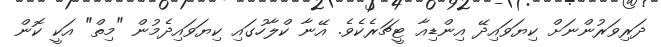
ދަރިވަރުންނަށް ކިޔަވައިދޭ އިންޑިއާ ޓީޗަރެކެވެ. އޭނާ ކްލާހުގައި ކިޔަވައިދެމުން "މިތް" އަކީ ކޮން